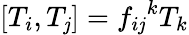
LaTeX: [T_{i},T_{\mathit{j}}]={f_{i\mathit{j}}}^{k}T_{k}